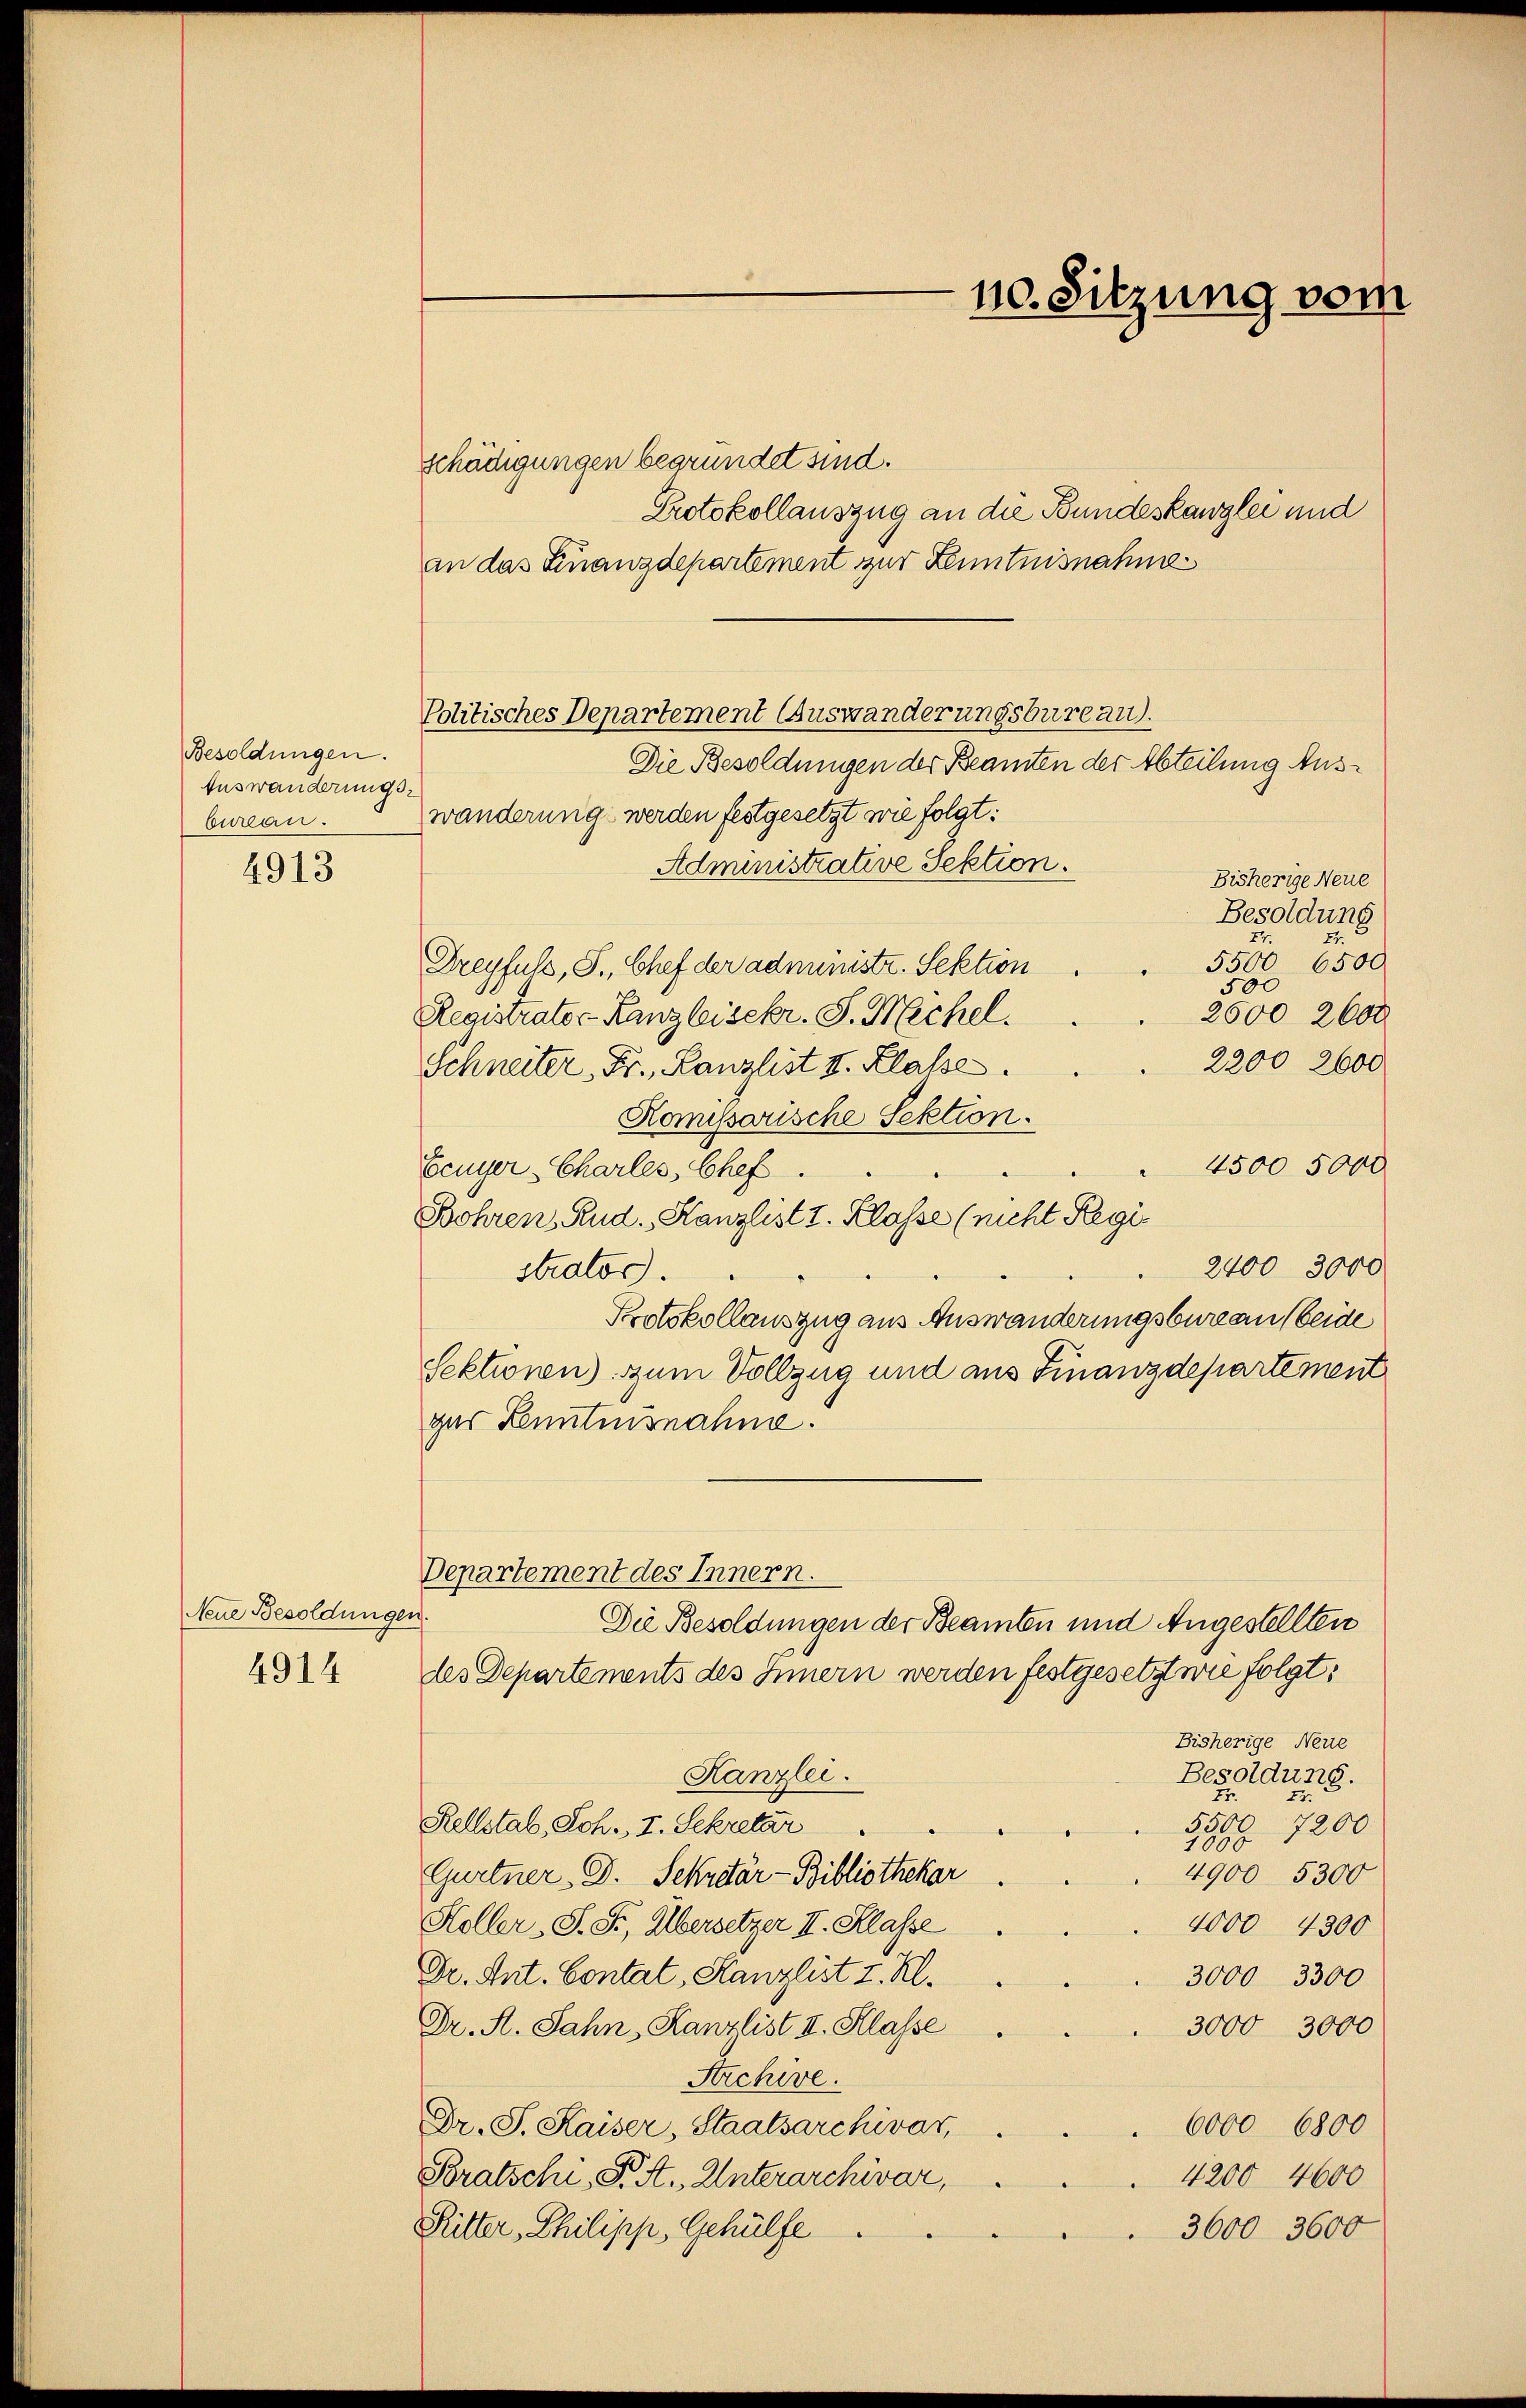
Besoldungen.
Auswanderungs-
bureau.

4913

Neue Besoldungen.

4914

schädigungen begründet sind.
Protokollauszug an die Bundeskanzlei und
an das Finanzdepartement zur Kenntnisnahme
Die Besoldungen der Beamten der Abteilung Auswanderung werden festgesetzt wie folgt:
Administrative Sektion.
Bisherige Neue
Besoldung
Dreyfuls, S., Chef der administr. Sektion
5500. 6500.
2600 2600
Registrator-Kanzleisekr. S. Mechel.
2200, 2600
Schneiter, Fr. Kanzlist v. Klasse.
Komissarische Sektion.
4500 5000
Feuyer Charles, Chef.
Bohren, Rud. Kanzlist I. Klasse (nicht Regi¬
2400 3000
strator.
Protokollauszug aus Auswanderungsbureau (beide
Sektionen) zum Vollzug und aus Finanzdepartement
gar Kenntnisnahme.
Departement des Innern.
Die Besoldungen der Beamten und Angestellten
des Departements des Innern werden festgesetzt wie folgt:
Bisherige Neue
Kanzlei.
Besoldung.
7.
Rellstab, Sch., I. Sekretär
5500 7200
1000
4900. 5300
Gurtner- D. Sekretär-Bibliothekar
Höller, S. S. Übersetzer II. Klasse
4000 4300
Dr. Ant. Contat, Kanzlist I. Kl.
3000 3300
Dr. R. Jahn, Kanzlist II. Klasse
3000 3000
Strchive.
Dr. S. Kaiser, Staatsarchivar,
6000 6800
4200 4600
Bratschi, P. A. Unterarchivar,
Futter Philipp, Gehülfe
3600 3600

Politisches Departement Auswanderungsbureau.

10. Sitzung vom